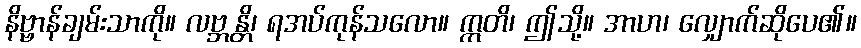
နိဗ္ဗာန်ချမ်းသာကို။ လဗ္ဘန္တိ၊ ရအပ်ကုန်သလော။ ဣတိ၊ ဤသို့။ အာဟ၊ လျှောက်ဆိုပေ၏။